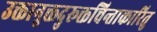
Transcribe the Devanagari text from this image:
उक्तानुक्तदुरूक्तचिन्ताकारितु